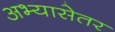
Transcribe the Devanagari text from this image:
अभ्यासेतर